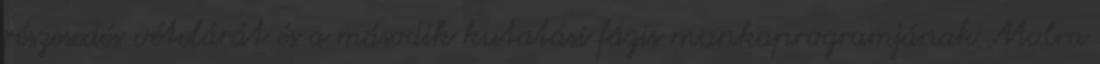
részesedés vételárát és a második kutatási fázis munkaprogramjának Molra